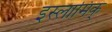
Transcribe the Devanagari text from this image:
इस्लामिक्